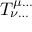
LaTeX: T _ { \nu \dots } ^ { \mu \dots }